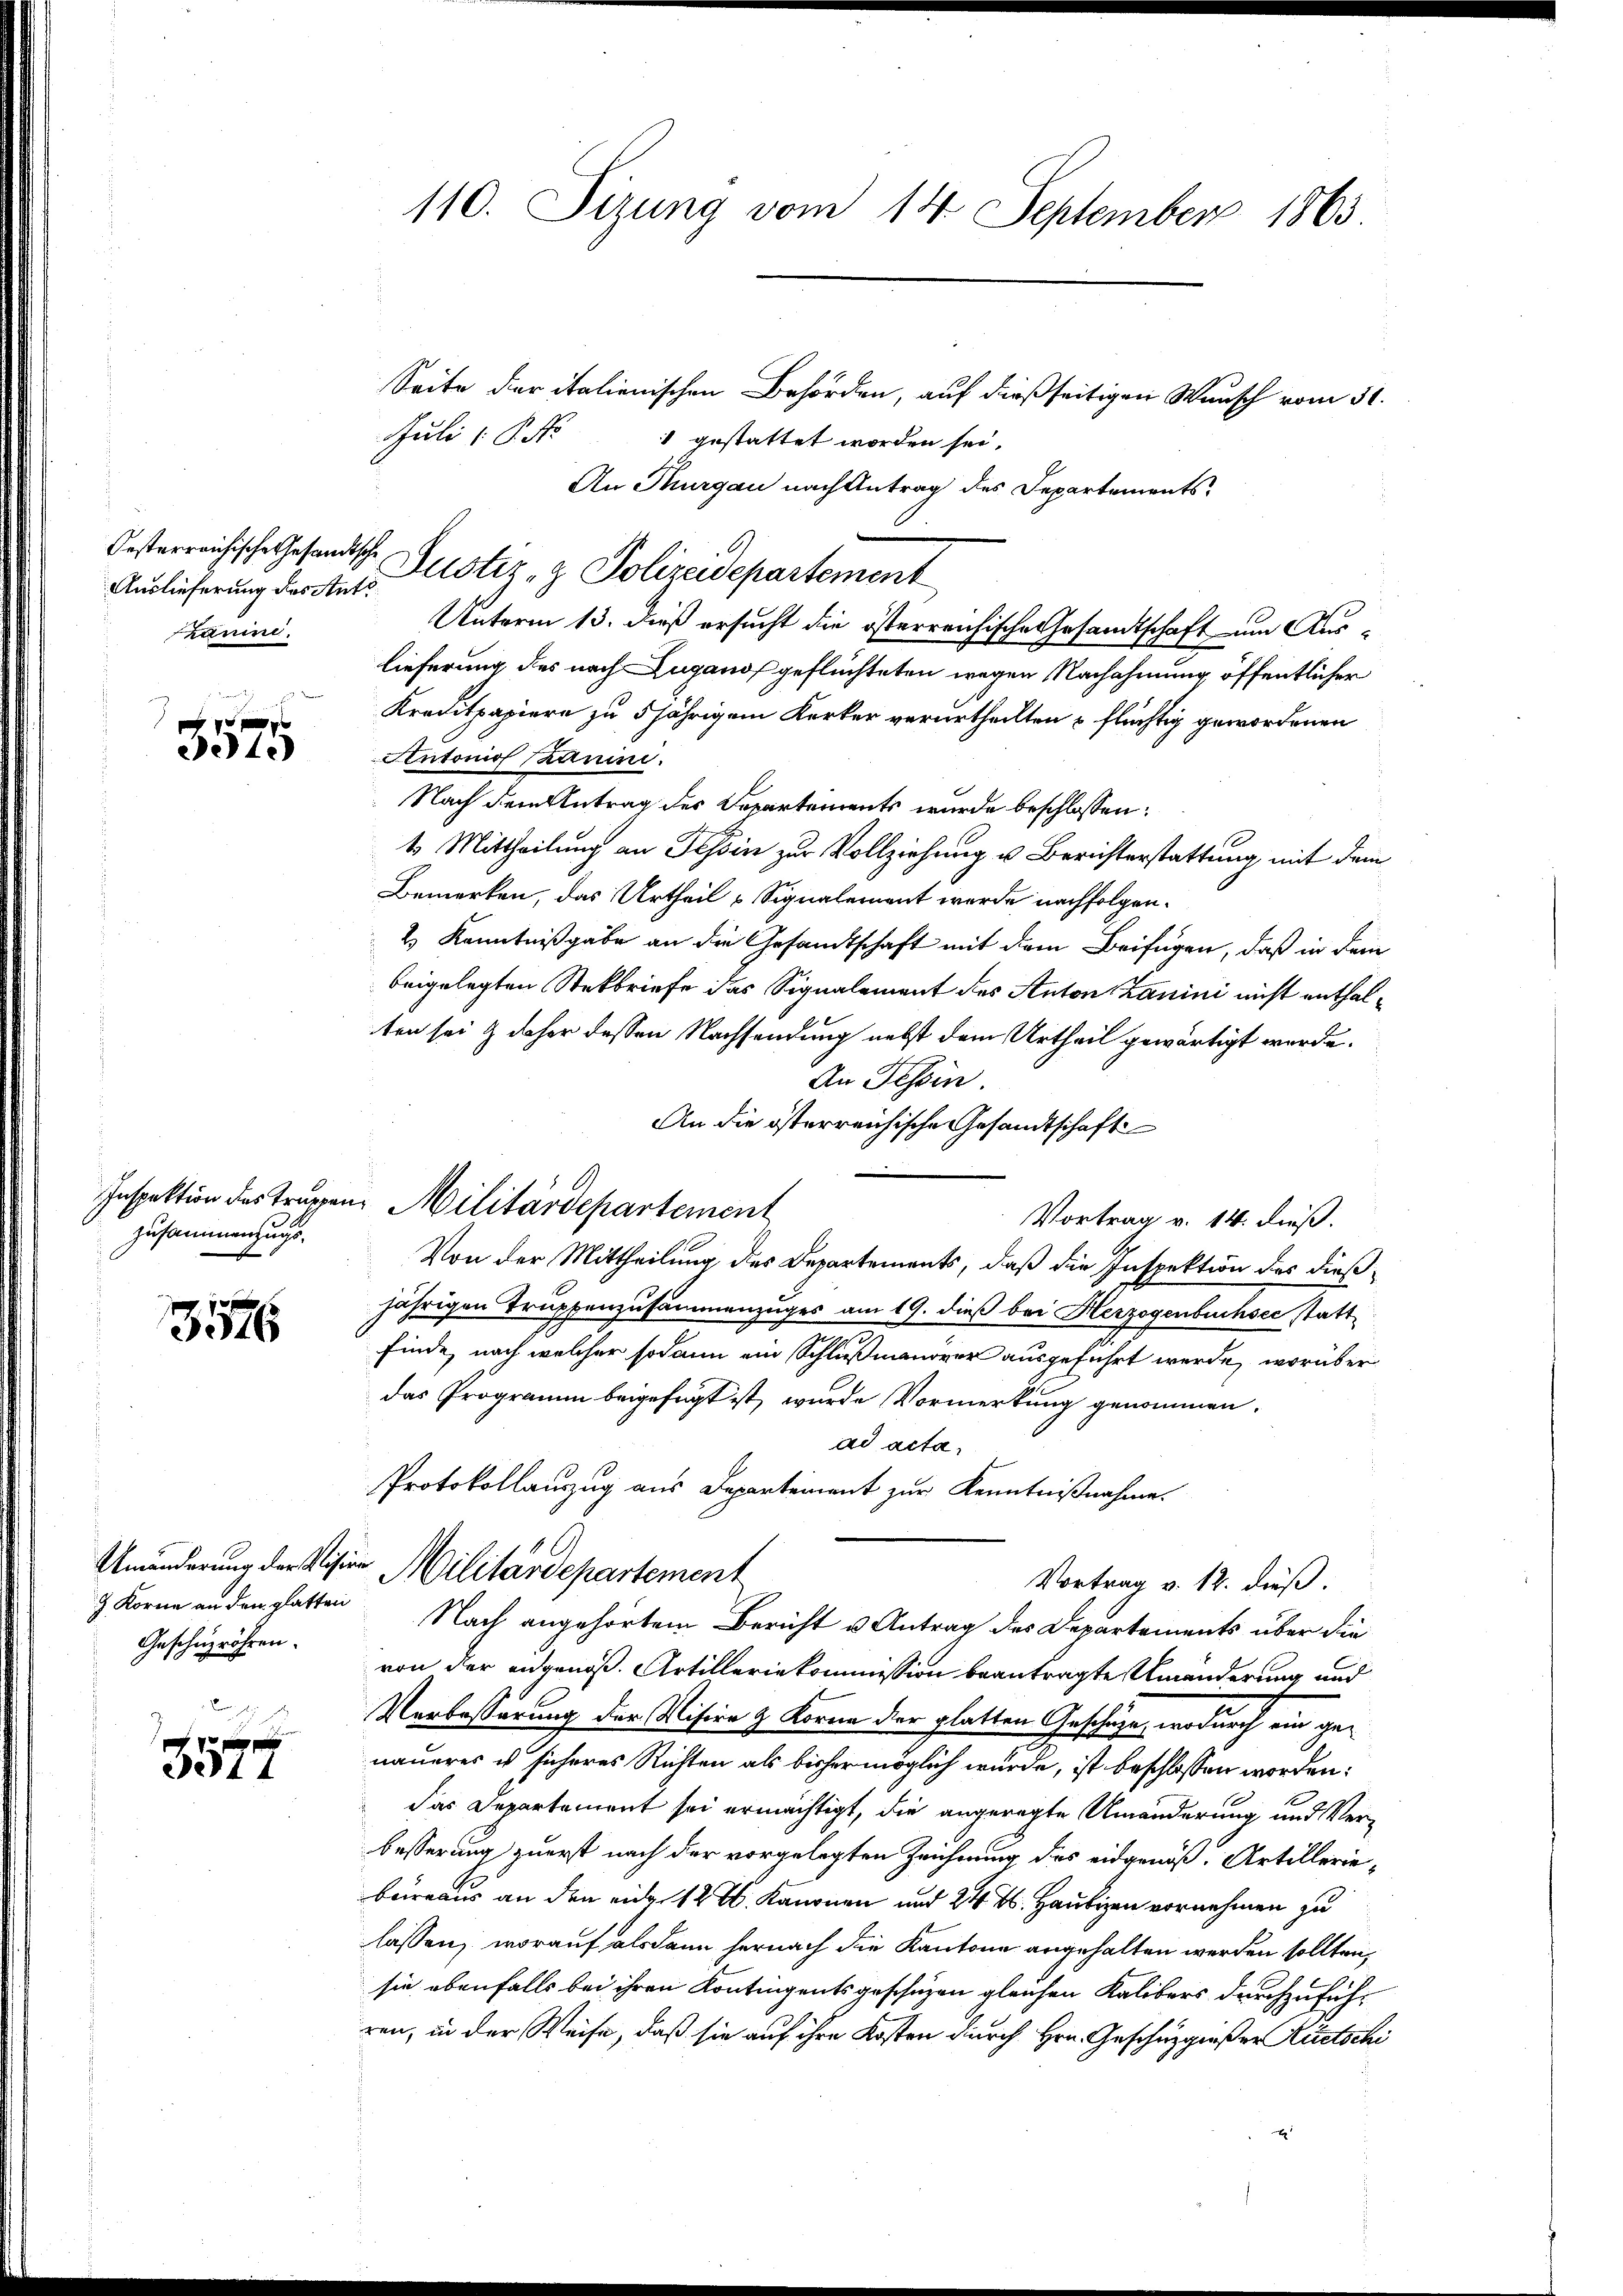
Auslieferung des Antr
zanini.

e
21.)

Inspektion des Truppen
zusammenzugs¬

3526

Korne an den glatten
Geschüzröhren.

3577

Seite der italienischen Behörden, auf dießseitigen Wunsch vom 31.
Juli 1 P. Nr.
1 gestattet worden sei.
An Thurgau nach Antrag des Departements.
Unterm 13. dieß ersucht die österreichische Gesandtschaft um Aus-
lieferung des nach Lugano geflüchteten wegen Nachahmung öffentlicher
Kreditpapiere zu 5 jährigem Kerker verurtheilten u flüchtig gewordenen
Antonio Szani.
Nach dem Antrag des Departements wurde beschlossen:
1. Mittheilung an Tessin zur Vollziehung u. Berichterstattung mit dem
Bemerken, das Urtheil Signalement wurde nachfolgen¬
2) Kenntnißgabe an die Gesandtschaft mit dem Beifügen, daß in dem
beigelegten Steckbriefe das Signalement des Anton Zanini nicht enthalten sei & daher dessen Nachsendung nebst dem Urtheil gewärtigt werde.
An Tessin.
An die österreichische Gesandtschaft
Vortrag v. 14. dieß.
Von der Mittheilung des Departements, daß die Inspektion des dießjährigen Truppenzusammenzuges am 19. dieß bei Herzogenbuchsec stattfinde, nach welcher sodann ein Schlußnanover ausgeführt werde, worüber
das Programm beigefügt ist, wurde Vormerkung genommen.
ad acta
Protokollauszug aus Departerient zur Kenntnißnahme.
Umänderung der Vision Militärdepartement
Vortrag v. 12. dieß.
Nach angehörtem Bericht u. Antrag des Departements über die
von der angenoß. Artilleriekommission beantragte Umänderung und
Verbesserung der Mision & Korne der glatten Geschäze, wodurch ein genaueres ist sicheres Richten als bisher möglich wurde, ist beschlossen worden:
das Departement sei ermächtigt, die angeregte Umänderung und Verbesserung zuerst nach der vorgelegten Zeichnung des eidgenöß-Artilleriebeirraus an den eine 12 L. Kanonen und 24 M. Haubigen vornehmen zu
lassen, worauf alsdann hernach die Kantone angehalten werden sollten,
sie ebenfalls bei ihren Kontingentsgeschüzen gleichen Kalibers durchzuführen, in der Weise, daß sie auf ihre Kosten durch Hrn. Geschüzgießer Rietschi

110. Sizung vom 14. September 1863

Oesterreichische Gesandtsche Justiz- & Polizeidepartement

"Militärdepartement